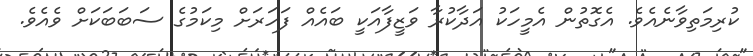
ކުރިމަތިވާނެއެވެ. އެގޮތުން އެމީހަކު އަދާކުރާ ވަޒީފާއަކީ ބައެއް ފަހަރަށް މިކަމުގެ ސަބަބަކަށް ވެއެވެ.